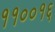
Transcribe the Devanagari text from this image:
११००१६